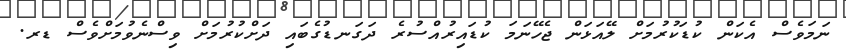
ނަމަވެސް އެކަން ކުޑަކުރުމަށް ލޭއަޅަން ޖެހޭނަމަ ކުޑައިރުއްސުރެ ދަގަނޑުގެބައި ދަށްކުރުމަށް ވިސްނެވުމަށްވެސް ޑރ.